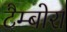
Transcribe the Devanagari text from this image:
टैम्बोरा